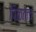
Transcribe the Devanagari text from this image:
पिळतात